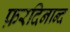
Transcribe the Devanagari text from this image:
फ़रदिनान्द